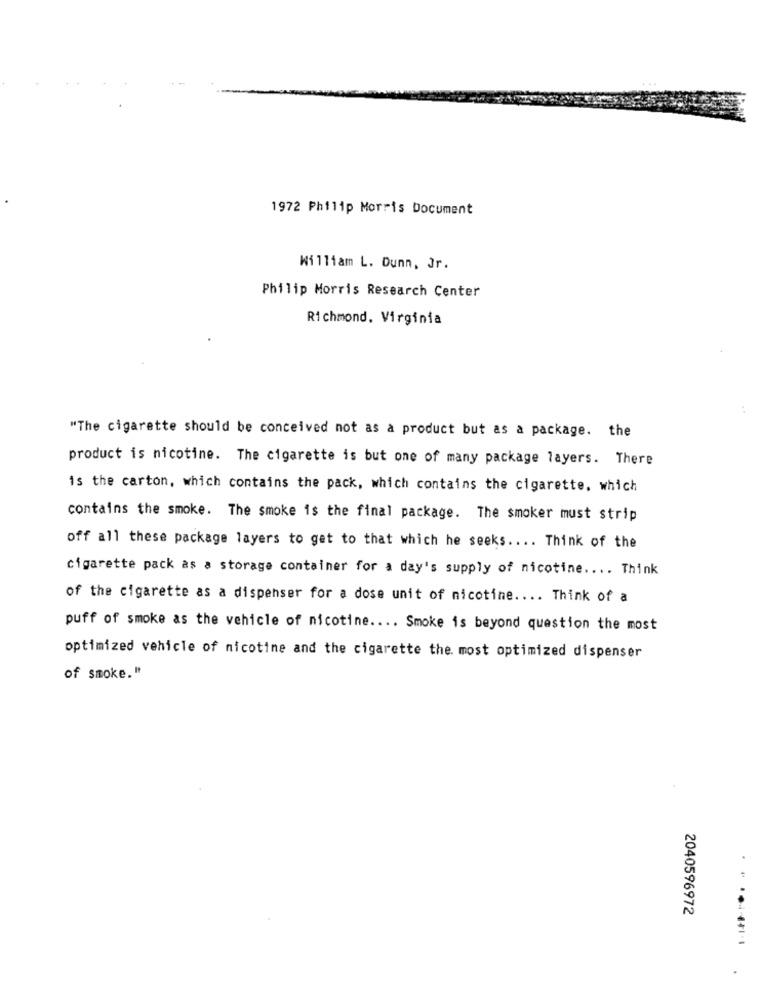
1972 Philip Morris Document
William L. Dunn, Jr.
Philip Morris Research Center
Richmond, Virginia
"The cigarette should be conceived not as a product but as a package. the
product is nicotine. The cigarette is but one of many package layers. There
is the carton, which contains the pack, which contains the cigarette, which
contains the smoke. The smoke is the final package. The smoker must strip
off all these package layers to get to that which he seeks .... Think of the
cigarette pack as a storage container for a day's supply of nicotine .... Think
of the cigarette as a dispenser for a dose unit of nicotine .... Think of a
puff of smoke as the vehicle of nicotine .... Smoke is beyond question the most
optimized vehicle of nicotine and the cigarette the most optimized dispenser
of smoke. "
2040596972
..........